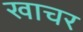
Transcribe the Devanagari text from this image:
खाचर